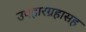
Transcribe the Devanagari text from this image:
उपहारग्रहासह